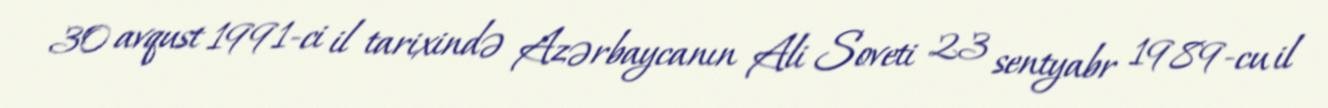
30 avqust 1991-ci il tarixində Azərbaycanın Ali Soveti 23 sentyabr 1989-cu il